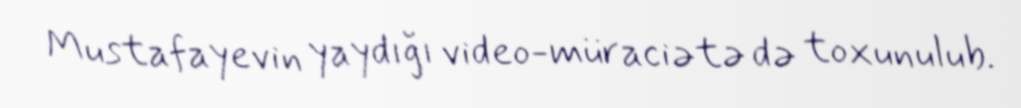
Mustafayevin yaydığı video-müraciətə də toxunulub.